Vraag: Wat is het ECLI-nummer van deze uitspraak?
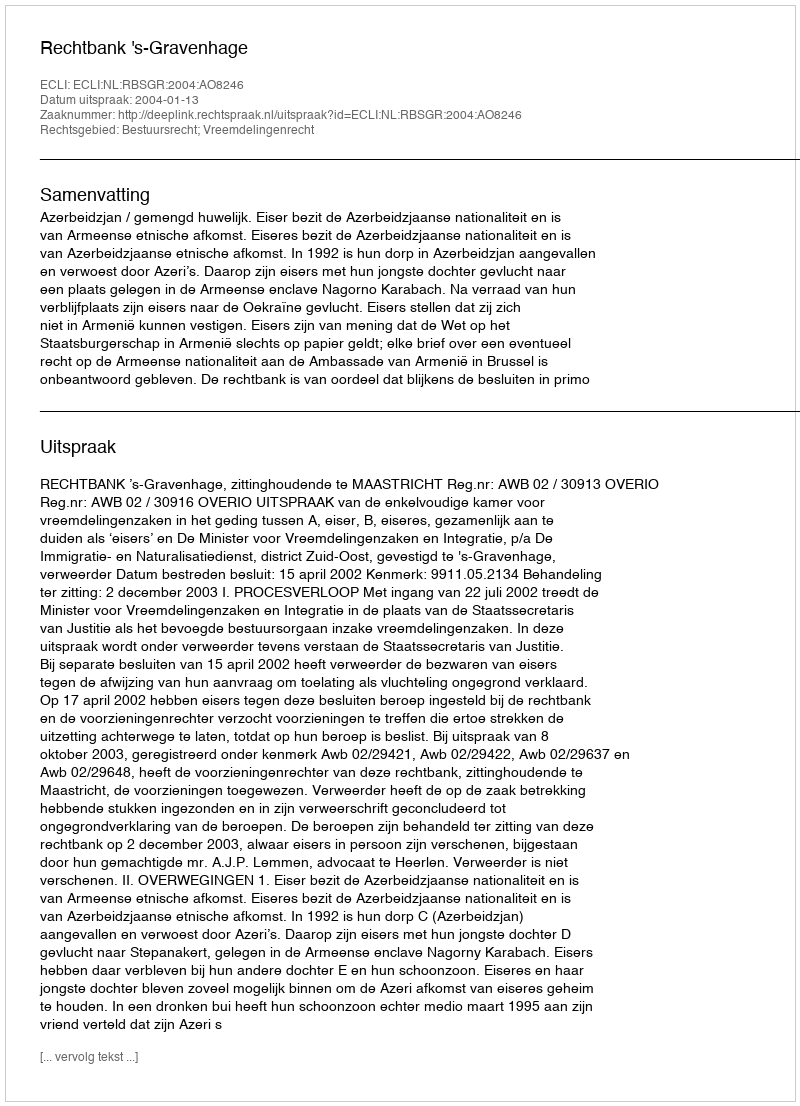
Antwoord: ECLI:NL:RBSGR:2004:AO8246